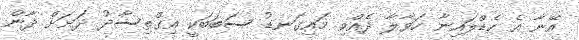
އޭނާ އެ ހެޑްލައިނާ ހަވާލާ ދެއްވި މައިގަނޑު ސަބަބަކީ އިގްތިސާދު ދަށަށް ދާން